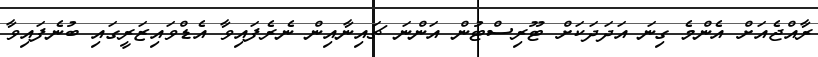
ރާއްޖެއަށް އެންމެ ގިނަ އަދަދަކަށް ޓޫރިސްޓުން އަންނަ ޗައިނާއިން ނެރެފައިވާ އެޑްވައިޒަރީގައި ބުނެފައިވާ